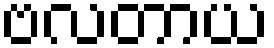
ဗလတာယ